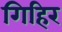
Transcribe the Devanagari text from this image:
गिहिर